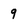
Character: 9